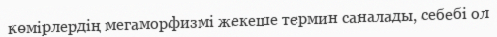
көмірлердің мегаморфизмі жекеше термин саналады, себебі ол